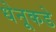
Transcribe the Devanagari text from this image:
धेनूकडे